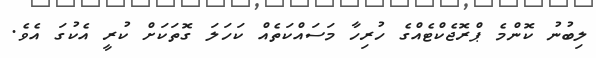
ލިބުނު ކޮންމެ ޕްރޮޖެކްޓެއްގެ ހުރިހާ މަސައްކަތެއް ކަހަލަ ގޮތަކަށް ކުރީ އެކުގަ އެވެ.